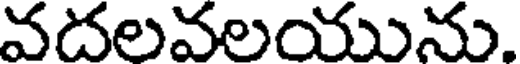
వదలవలయును.